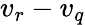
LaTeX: v_{r}-v_{q}